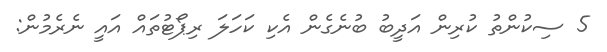
5 ސިކުންތު ކުރިން އަދީބު ބުނެގެން އެކި ކަހަލަ ރިޕޯޓުތައް އައީ ނެރެމުން: